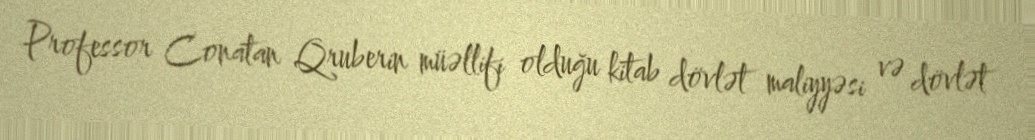
Professor Conatan Qruberin müəllifi olduğu kitab dövlət maliyyəsi və dövlət